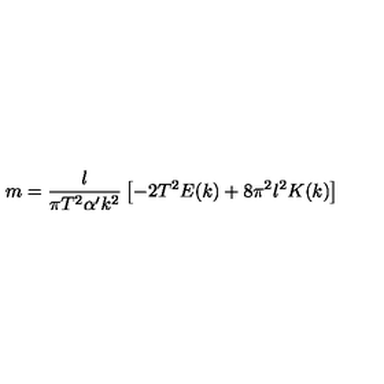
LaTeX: m = \frac { l } { \pi T ^ { 2 } \alpha ^ { \prime } k ^ { 2 } } \left[ - 2 T ^ { 2 } E ( k ) + 8 \pi ^ { 2 } l ^ { 2 } K ( k ) \right]